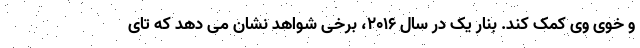
و خوی وی کمک کند. بنار یک در سال 2016، برخی شواهد نشان می دهد که تای